Tezpur Lunatic Asylum reports 1895-1904 - 1895-1904
Year: 1895
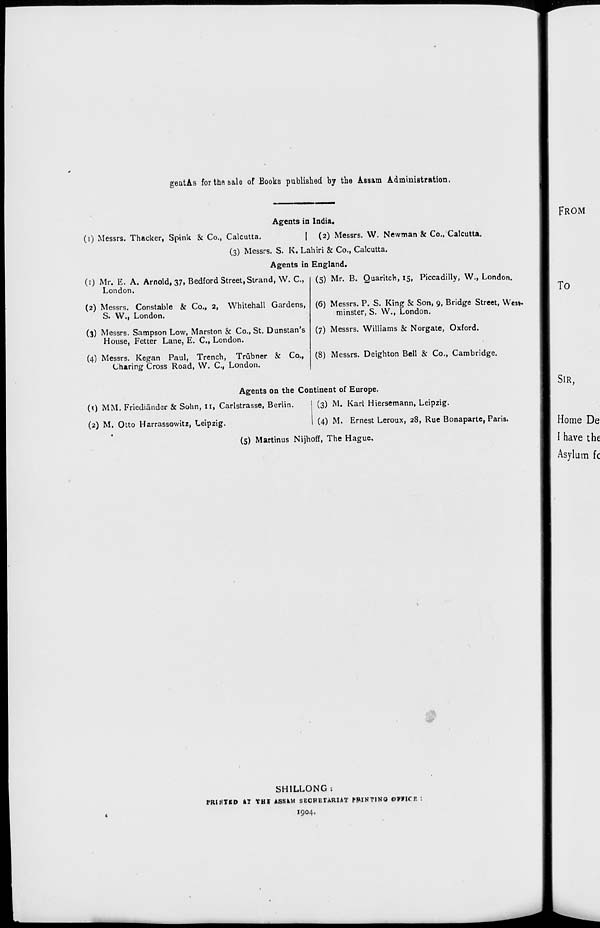
gentAs for the sale of Books published by the Assam Administration.
Agents in India,
(i) Messrs. Thacker, Spink & Co., Calcutta.
| (2) Messrs. W. Newman & Co., Calcutta.
(3) Messrs. S. K. Lahiri & Co., Calcutta.
Agents in England.
(5) Mr. B. Quaritch, 15, Piccadilly, W., London.
(1) Mr. E. A. Arnold, 37, Bedford Street, Strand, W. C,
London.
(2) Messrs. Constable & Co., 2, Whitehall Gardens,
S. W., London.
(3) Messrs. Sampson Low, Marston & Co., St. Dunstan's
House, Fetter Lane, E. C, London.
(4) Messrs. Kegan Paul, Trench, Trubner & Co.,
Charing Cross Road, W. C, London.
(6) Messrs. P. S. King & Son, 9, Bridge Street, West.
minster, S. W., London.
(7) Messrs. Williams & Norgate, Oxford.
(8) Messrs. Deighton Bell & Co., Cambridge.
Agents on the Continent of Europe.
(0 MM. Friediander & Sohn, IX, Carlstrasse, Berlin.
I (3) M. Karl Hiersemann, Leipzig.
(2) M. Otto Harrassowitz, Leipzig.
1 (4) M. Ernest Leroux, 28, Rue Bonaparte, Paris.
(5) Martinus Nijhoff, The Hague.
SH1LLONG t
PRINTED kl THI ASSfcM SECRETARIAT PRINTING OVVICE
1904,